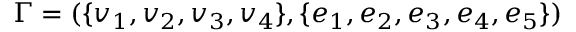
\Gamma = ( \{ v _ { 1 } , v _ { 2 } , v _ { 3 } , v _ { 4 } \} , \{ e _ { 1 } , e _ { 2 } , e _ { 3 } , e _ { 4 } , e _ { 5 } \} )